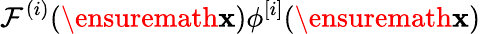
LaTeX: \mathcal F^{(i)}(\ensuremath{\mathbf{x}})\phi^{[i]}(\ensuremath{\mathbf{x}})